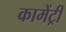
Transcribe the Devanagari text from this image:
कामेंट्री